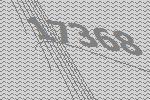
17368